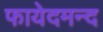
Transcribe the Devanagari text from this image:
फायेदमन्द